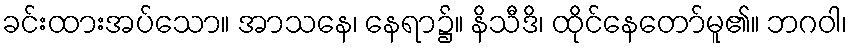
ခင်းထားအပ်သော။ အာသနေ၊ နေရာ၌။ နိသီဒိ၊ ထိုင်နေတော်မူ၏။ ဘဂဝါ၊